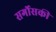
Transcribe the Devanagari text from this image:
सर्गोसकी